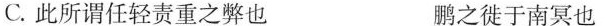
C.此所谓任轻责重之弊也 鹏之徙于南冥也